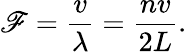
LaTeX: \mathscr{F}={\frac{{v}}{{\lambda}}}={\frac{{nv}}{{2L}}}.